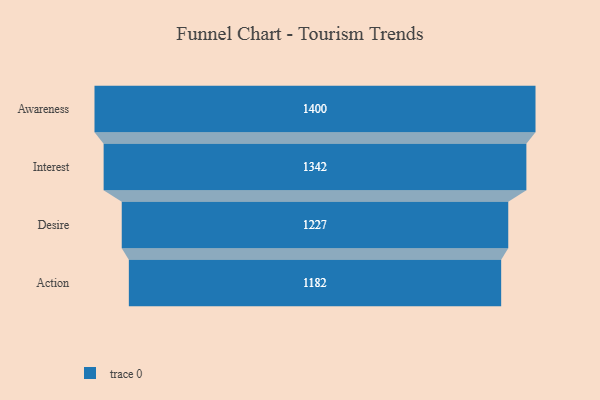
{"axis": {"x": "Stage", "y": "Value"}, "legend": [""], "data": [{"x": "Awareness", "y": 1400.0, "type": ""}, {"x": "Interest", "y": 1342.0, "type": ""}, {"x": "Desire", "y": 1227.0, "type": ""}, {"x": "Action", "y": 1182.0, "type": ""}]}